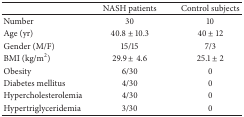
<table><thead><tr><td><b> </b></td><td><b>NASH patients</b></td><td><b>Control subjects</b></td></tr></thead><tbody><tr><td>Number</td><td>30</td><td>10</td></tr><tr><td>Age (yr)</td><td>40.8 ± 10.3</td><td>40 ± 12</td></tr><tr><td>Gender (M/F)</td><td>15/15</td><td>7/3</td></tr><tr><td>BMI (kg/m<sup>2</sup>)</td><td>29.9 ± 4.6</td><td>25.1 ± 2</td></tr><tr><td>Obesity</td><td>6/30</td><td>0</td></tr><tr><td>Diabetes mellitus</td><td>4/30</td><td>0</td></tr><tr><td>Hypercholesterolemia</td><td>4/30</td><td>0</td></tr><tr><td>Hypertriglyceridemia</td><td>3/30</td><td>0</td></tr></tbody></table>